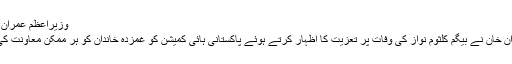
وزیراعظم عمران خان کی تعزیت
وزیراعظم عمران خان نے بیگم کلثوم نواز کی وفات پر تعزیت کا اظہار کرتے ہوئے پاکستانی ہائی کمیشن کو غمزدہ خاندان کو ہر ممکن معاونت کی ہدایت کی ہے۔